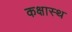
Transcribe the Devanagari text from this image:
कक्षास्थ